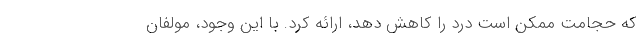
که حجامت ممکن است درد را کاهش دهد، ارائه کرد. با این وجود، مولفان